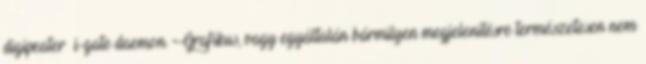
digipeater i-gate daemon. Grafikus, vagy egyáltalán bármilyen megjelenítésre természetesen nem